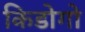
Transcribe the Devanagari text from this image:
किडोगो